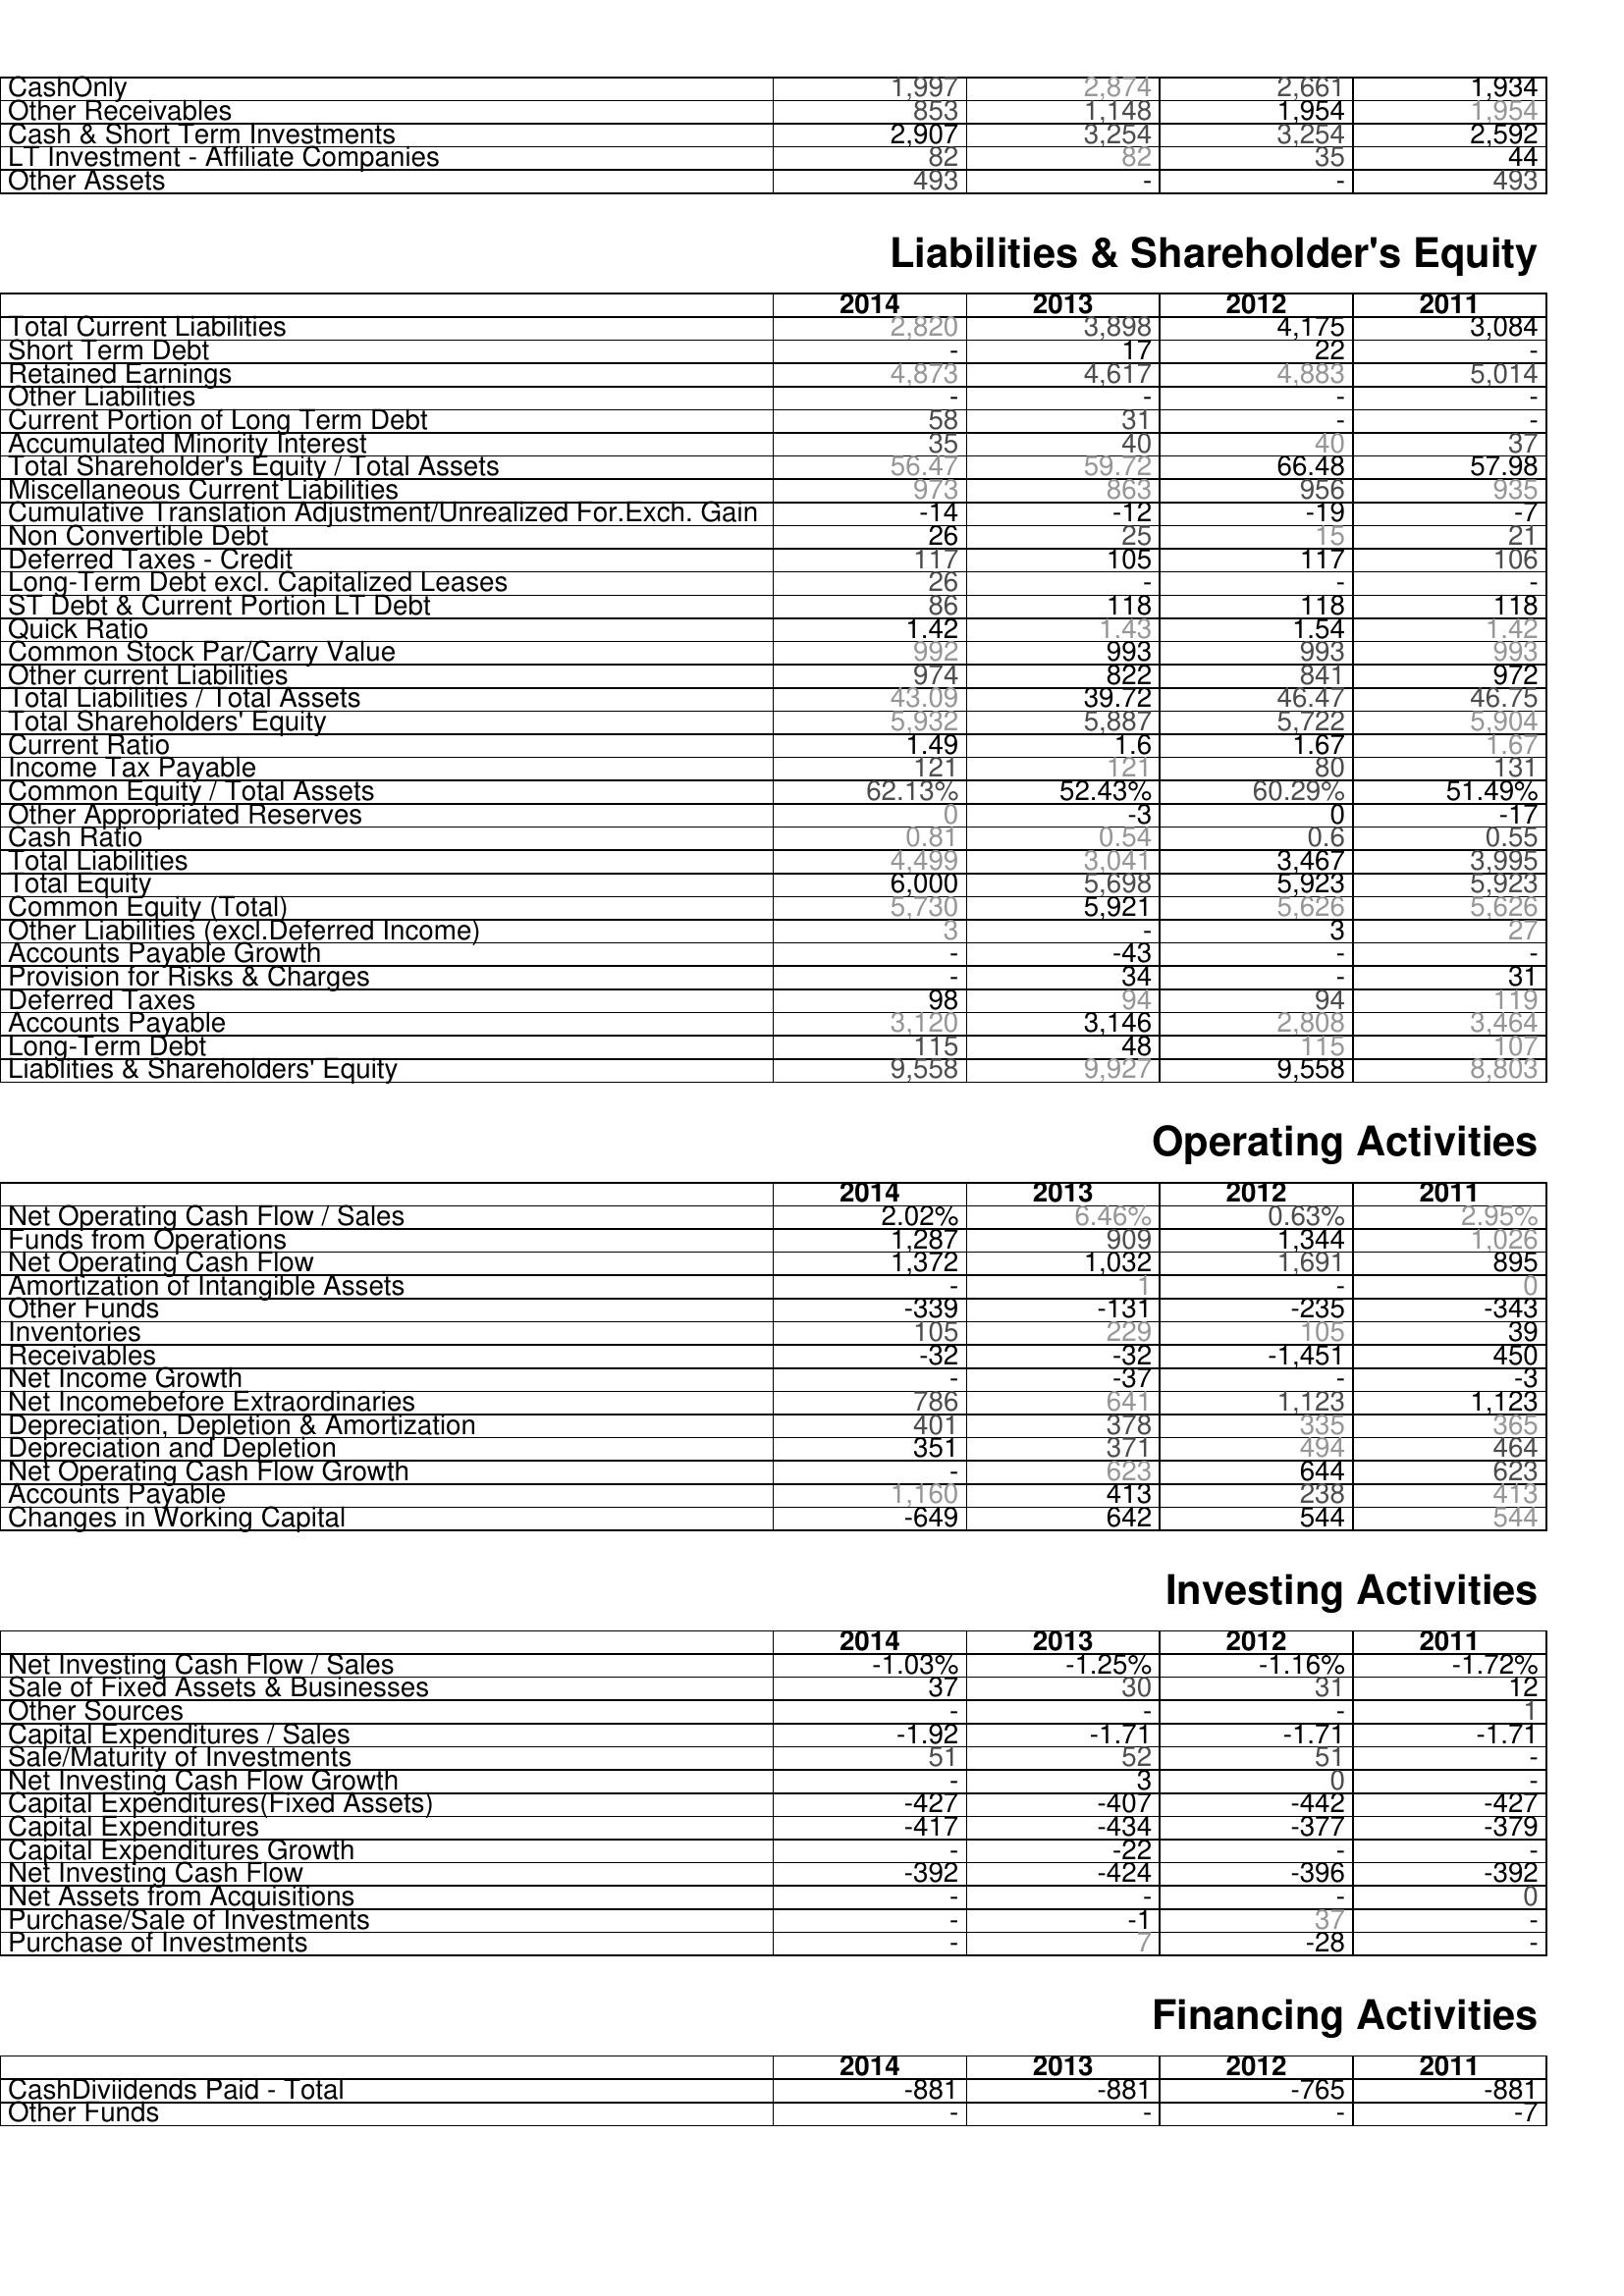
2014: Assets: CashOnly: 1,997
Other Receivables: 853
Cash & Short Term Investments: 2,907
LT Investment - Affiliate Companies: 82
Other Assets: 493
Liabilities & Shareholder's Equity: Total Current Liabilities: 2,820
Short Term Debt: -
Retained Earnings: 4,873
Other Liabilities: -
Current Portion of Long Term Debt: 58
Accumulated Minority Interest: 35
Total Shareholder's Equity / Total Assets: 56.47
Miscellaneous Current Liabilities: 973
Cumulative Translation Adjustment/Unrealized For.Exch. Gain: -14
Non Convertible Debt: 26
Deferred Taxes - Credit: 117
Long-Term Debt excl. Capitalized Leases: 26
ST Debt & Current Portion LT Debt: 86
Quick Ratio: 1.42
Common Stock Par/Carry Value: 992
Other current Liabilities: 974
Total Liabilities / Total Assets: 43.09
Total Shareholders' Equity: 5,932
Current Ratio: 1.49
Income Tax Payable: 121
Common Equity / Total Assets: 62.13%
Other Appropriated Reserves: 0
Cash Ratio: 0.81
Total Liabilities: 4,499
Total Equity: 6,000
Common Equity (Total): 5,730
Other Liabilities (excl.Deferred Income): 3
Accounts Payable Growth: -
Provision for Risks & Charges: -
Deferred Taxes: 98
Accounts Payable: 3,120
Long-Term Debt: 115
Liablities & Shareholders' Equity: 9,558
Operating Activities: Net Operating Cash Flow / Sales: 2.02%
Funds from Operations: 1,287
Net Operating Cash Flow: 1,372
Amortization of Intangible Assets: -
Other Funds: -339
Inventories: 105
Receivables: -32
Net Income Growth: -
Net Incomebefore Extraordinaries: 786
Depreciation, Depletion & Amortization: 401
Depreciation and Depletion: 351
Net Operating Cash Flow Growth: -
Accounts Payable: 1,160
Changes in Working Capital: -649
Investing Activities: Net Investing Cash Flow / Sales: -1.03%
Sale of Fixed Assets & Businesses: 37
Other Sources: -
Capital Expenditures / Sales: -1.92
Sale/Maturity of Investments: 51
Net Investing Cash Flow Growth: -
Capital Expenditures(Fixed Assets): -427
Capital Expenditures: -417
Capital Expenditures Growth: -
Net Investing Cash Flow: -392
Net Assets from Acquisitions: -
Purchase/Sale of Investments: -
Purchase of Investments: -
Financing Activities: CashDiviidends Paid - Total: -881
Other Funds: -
2013: Assets: CashOnly: 2,874
Other Receivables: 1,148
Cash & Short Term Investments: 3,254
LT Investment - Affiliate Companies: 82
Other Assets: -
Liabilities & Shareholder's Equity: Total Current Liabilities: 3,898
Short Term Debt: 17
Retained Earnings: 4,617
Other Liabilities: -
Current Portion of Long Term Debt: 31
Accumulated Minority Interest: 40
Total Shareholder's Equity / Total Assets: 59.72
Miscellaneous Current Liabilities: 863
Cumulative Translation Adjustment/Unrealized For.Exch. Gain: -12
Non Convertible Debt: 25
Deferred Taxes - Credit: 105
Long-Term Debt excl. Capitalized Leases: -
ST Debt & Current Portion LT Debt: 118
Quick Ratio: 1.43
Common Stock Par/Carry Value: 993
Other current Liabilities: 822
Total Liabilities / Total Assets: 39.72
Total Shareholders' Equity: 5,887
Current Ratio: 1.6
Income Tax Payable: 121
Common Equity / Total Assets: 52.43%
Other Appropriated Reserves: -3
Cash Ratio: 0.54
Total Liabilities: 3,041
Total Equity: 5,698
Common Equity (Total): 5,921
Other Liabilities (excl.Deferred Income): -
Accounts Payable Growth: -43
Provision for Risks & Charges: 34
Deferred Taxes: 94
Accounts Payable: 3,146
Long-Term Debt: 48
Liablities & Shareholders' Equity: 9,927
Operating Activities: Net Operating Cash Flow / Sales: 6.46%
Funds from Operations: 909
Net Operating Cash Flow: 1,032
Amortization of Intangible Assets: 1
Other Funds: -131
Inventories: 229
Receivables: -32
Net Income Growth: -37
Net Incomebefore Extraordinaries: 641
Depreciation, Depletion & Amortization: 378
Depreciation and Depletion: 371
Net Operating Cash Flow Growth: 623
Accounts Payable: 413
Changes in Working Capital: 642
Investing Activities: Net Investing Cash Flow / Sales: -1.25%
Sale of Fixed Assets & Businesses: 30
Other Sources: -
Capital Expenditures / Sales: -1.71
Sale/Maturity of Investments: 52
Net Investing Cash Flow Growth: 3
Capital Expenditures(Fixed Assets): -407
Capital Expenditures: -434
Capital Expenditures Growth: -22
Net Investing Cash Flow: -424
Net Assets from Acquisitions: -
Purchase/Sale of Investments: -1
Purchase of Investments: 7
Financing Activities: CashDiviidends Paid - Total: -881
Other Funds: -
2012: Assets: CashOnly: 2,661
Other Receivables: 1,954
Cash & Short Term Investments: 3,254
LT Investment - Affiliate Companies: 35
Other Assets: -
Liabilities & Shareholder's Equity: Total Current Liabilities: 4,175
Short Term Debt: 22
Retained Earnings: 4,883
Other Liabilities: -
Current Portion of Long Term Debt: -
Accumulated Minority Interest: 40
Total Shareholder's Equity / Total Assets: 66.48
Miscellaneous Current Liabilities: 956
Cumulative Translation Adjustment/Unrealized For.Exch. Gain: -19
Non Convertible Debt: 15
Deferred Taxes - Credit: 117
Long-Term Debt excl. Capitalized Leases: -
ST Debt & Current Portion LT Debt: 118
Quick Ratio: 1.54
Common Stock Par/Carry Value: 993
Other current Liabilities: 841
Total Liabilities / Total Assets: 46.47
Total Shareholders' Equity: 5,722
Current Ratio: 1.67
Income Tax Payable: 80
Common Equity / Total Assets: 60.29%
Other Appropriated Reserves: 0
Cash Ratio: 0.6
Total Liabilities: 3,467
Total Equity: 5,923
Common Equity (Total): 5,626
Other Liabilities (excl.Deferred Income): 3
Accounts Payable Growth: -
Provision for Risks & Charges: -
Deferred Taxes: 94
Accounts Payable: 2,808
Long-Term Debt: 115
Liablities & Shareholders' Equity: 9,558
Operating Activities: Net Operating Cash Flow / Sales: 0.63%
Funds from Operations: 1,344
Net Operating Cash Flow: 1,691
Amortization of Intangible Assets: -
Other Funds: -235
Inventories: 105
Receivables: -1,451
Net Income Growth: -
Net Incomebefore Extraordinaries: 1,123
Depreciation, Depletion & Amortization: 335
Depreciation and Depletion: 494
Net Operating Cash Flow Growth: 644
Accounts Payable: 238
Changes in Working Capital: 544
Investing Activities: Net Investing Cash Flow / Sales: -1.16%
Sale of Fixed Assets & Businesses: 31
Other Sources: -
Capital Expenditures / Sales: -1.71
Sale/Maturity of Investments: 51
Net Investing Cash Flow Growth: 0
Capital Expenditures(Fixed Assets): -442
Capital Expenditures: -377
Capital Expenditures Growth: -
Net Investing Cash Flow: -396
Net Assets from Acquisitions: -
Purchase/Sale of Investments: 37
Purchase of Investments: -28
Financing Activities: CashDiviidends Paid - Total: -765
Other Funds: -
2011: Assets: CashOnly: 1,934
Other Receivables: 1,954
Cash & Short Term Investments: 2,592
LT Investment - Affiliate Companies: 44
Other Assets: 493
Liabilities & Shareholder's Equity: Total Current Liabilities: 3,084
Short Term Debt: -
Retained Earnings: 5,014
Other Liabilities: -
Current Portion of Long Term Debt: -
Accumulated Minority Interest: 37
Total Shareholder's Equity / Total Assets: 57.98
Miscellaneous Current Liabilities: 935
Cumulative Translation Adjustment/Unrealized For.Exch. Gain: -7
Non Convertible Debt: 21
Deferred Taxes - Credit: 106
Long-Term Debt excl. Capitalized Leases: -
ST Debt & Current Portion LT Debt: 118
Quick Ratio: 1.42
Common Stock Par/Carry Value: 993
Other current Liabilities: 972
Total Liabilities / Total Assets: 46.75
Total Shareholders' Equity: 5,904
Current Ratio: 1.67
Income Tax Payable: 131
Common Equity / Total Assets: 51.49%
Other Appropriated Reserves: -17
Cash Ratio: 0.55
Total Liabilities: 3,995
Total Equity: 5,923
Common Equity (Total): 5,626
Other Liabilities (excl.Deferred Income): 27
Accounts Payable Growth: -
Provision for Risks & Charges: 31
Deferred Taxes: 119
Accounts Payable: 3,464
Long-Term Debt: 107
Liablities & Shareholders' Equity: 8,803
Operating Activities: Net Operating Cash Flow / Sales: 2.95%
Funds from Operations: 1,026
Net Operating Cash Flow: 895
Amortization of Intangible Assets: 0
Other Funds: -343
Inventories: 39
Receivables: 450
Net Income Growth: -3
Net Incomebefore Extraordinaries: 1,123
Depreciation, Depletion & Amortization: 365
Depreciation and Depletion: 464
Net Operating Cash Flow Growth: 623
Accounts Payable: 413
Changes in Working Capital: 544
Investing Activities: Net Investing Cash Flow / Sales: -1.72%
Sale of Fixed Assets & Businesses: 12
Other Sources: 1
Capital Expenditures / Sales: -1.71
Sale/Maturity of Investments: -
Net Investing Cash Flow Growth: -
Capital Expenditures(Fixed Assets): -427
Capital Expenditures: -379
Capital Expenditures Growth: -
Net Investing Cash Flow: -392
Net Assets from Acquisitions: 0
Purchase/Sale of Investments: -
Purchase of Investments: -
Financing Activities: CashDiviidends Paid - Total: -881
Other Funds: -7